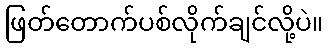
ဖြတ်တောက်ပစ်လိုက်ချင်လို့ပဲ။